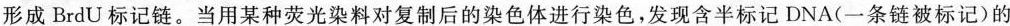
形成BrdU标记链。当用某种荧光染料对复制后的染色体进行染色，发现含半标记DNA (一条链被标记) 的